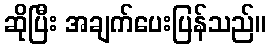
ဆိုပြီး အချက်ပေးပြန်သည်။